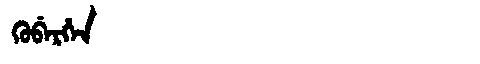
Manchu: ᡴᡠᠪᡝᡵᡥᡝᠨ
Romanization: KUBERHEN